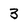
Character: 3